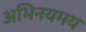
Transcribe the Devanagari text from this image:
अभिनयमय